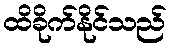
ထိခိုက်နိုင်သည်